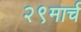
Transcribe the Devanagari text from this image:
२९मार्च